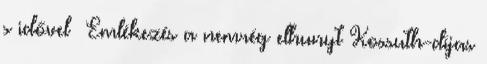
s idővel Emlékezés a nemrég elhunyt Kossuth-díjas